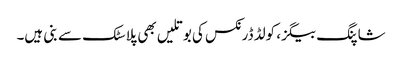
شاپنگ بیگز، کولڈ ڈرنکس کی بوتلیں بھی پلاسٹک سے بنی ہیں۔